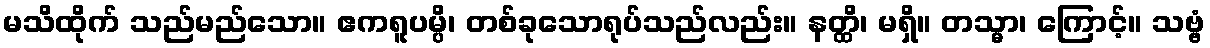
မသိထိုက် သည်မည်သော။ ဧကရူပမ္ပိ၊ တစ်ခုသောရုပ်သည်လည်း။ နတ္ထိ၊ မရှိ။ တသ္မာ၊ ကြောင့်။ သဗ္ဗံ